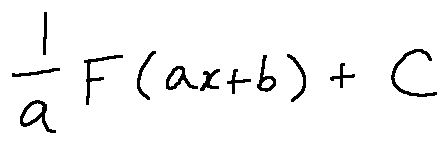
\frac { 1 } { a } F ( a x + b ) + C